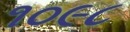
૧૦૯૮